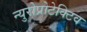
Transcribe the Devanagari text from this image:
न्युरोप्रोटेक्टिव